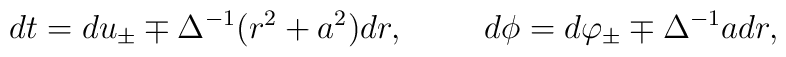
dt=du_{\pm}\mp \Delta^{-1} (r^2+a^2)dr,\hspace{1cm}d\phi=d\varphi_{\pm}\mp \Delta^{-1}a dr ,